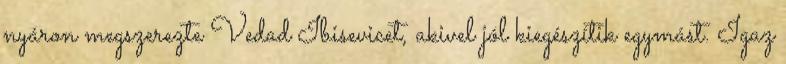
nyáron megszerezte Vedad Ibisevicet, akivel jól kiegészítik egymást. Igaz